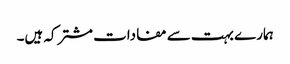
ہمارے بہت سے مفادات مشترکہ ہیں۔